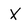
Character: X